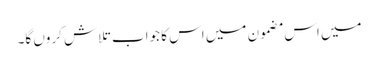
میں اس مضمون میں اس کا جواب تلاش کروں گا۔